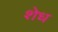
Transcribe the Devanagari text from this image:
शेध